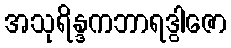
အသုရိန္ဒကဘာရဒွါဇော